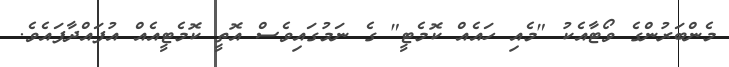
މެންބަރުންގެ ވޯޓާއެކު "މެއި ހައެއް ކޮމެޓީ" ގެ ނަމުގައިވެސް އޮތީ ކޮމެޓީއެއް އުފައްދާފައެވެ.